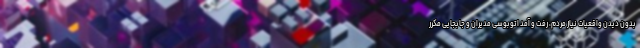
بدون دیدن واقعیات نیاز مردم، رفت و آمد اتوبوسی مدیران و جابجایی مکرر